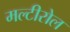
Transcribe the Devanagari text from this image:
मल्टीरोल